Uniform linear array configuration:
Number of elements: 8
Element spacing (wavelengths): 1
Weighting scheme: binomial
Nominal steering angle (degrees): -60
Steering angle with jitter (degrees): -61.056
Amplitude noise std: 0.05
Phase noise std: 0.05

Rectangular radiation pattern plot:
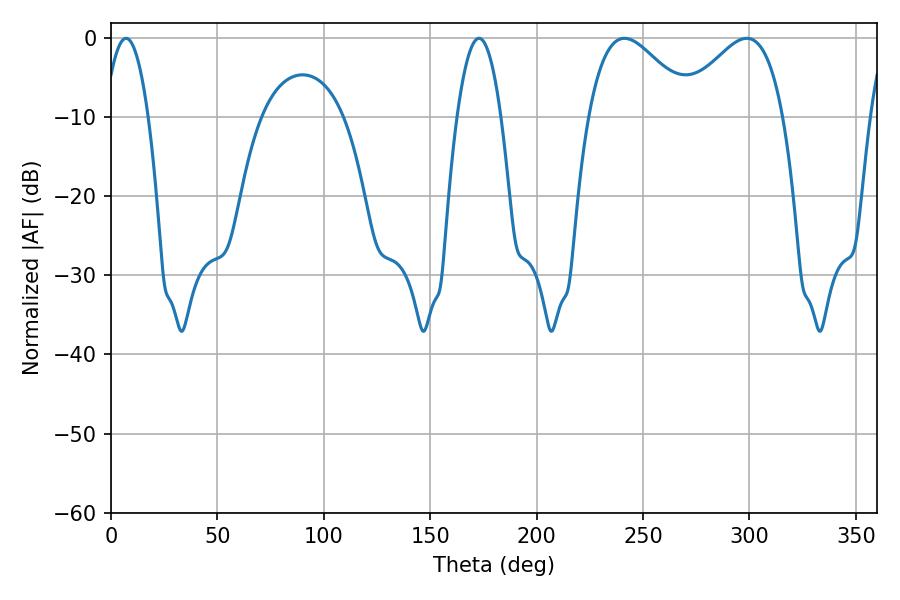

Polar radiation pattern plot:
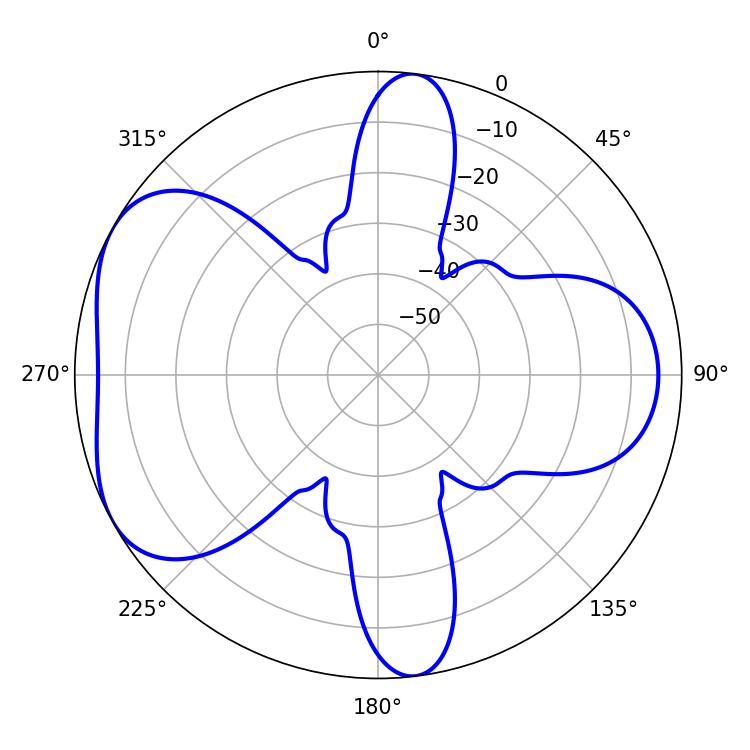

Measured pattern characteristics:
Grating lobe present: TRUE
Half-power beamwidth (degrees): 26.46
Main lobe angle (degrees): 241.2